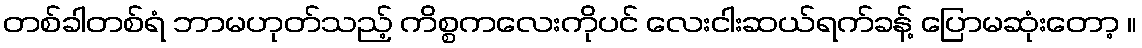
တစ်ခါတစ်ရံ ဘာမဟုတ်သည့် ကိစ္စကလေးကိုပင် လေးငါးဆယ်ရက်ခန့် ပြောမဆုံးတော့ ။